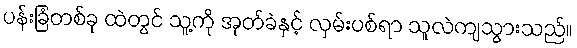
ပန်းခြံတစ်ခု ထဲတွင် သူ့ကို အုတ်ခဲနှင့် လှမ်းပစ်ရာ သူလဲကျသွားသည်။